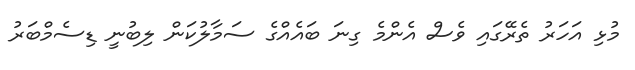
މުޅި އަހަރު ތެރޭގައި ވެސް އެންމެ ގިނަ ބައެއްގެ ސަމާލުކަން ލިބުނީ ޑިސެމްބަރު